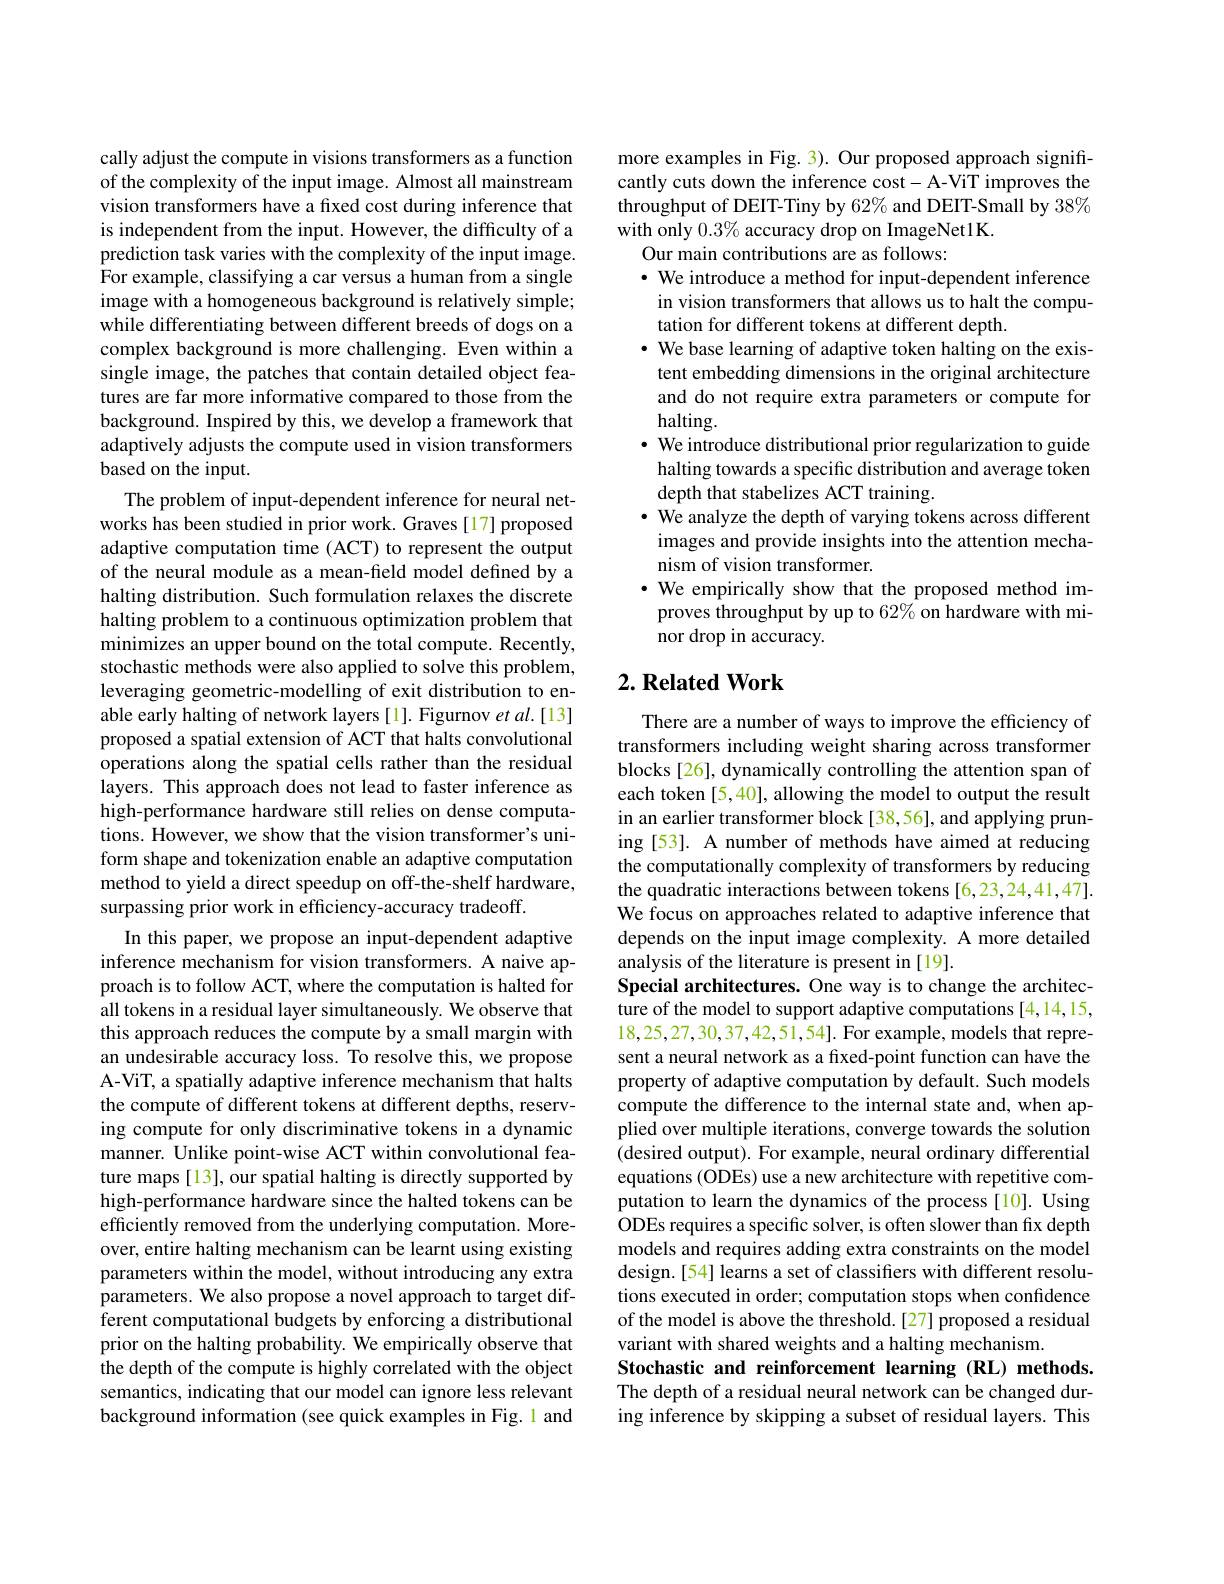
cally adjust the compute in visions transformers as a function of the complexity of the input image. Almost all mainstream vision transformers have a fixed cost during inference that is independent from the input. However, the difficulty of a prediction task varies with the complexity of the input image. $\hat{\text{For example, classifying a car versus a human from a single}}$ image with a homogeneous background is relatively simple; while differentiating between different breeds of dogs on a complex background is more challenging. Even within a single image, the patches that contain detailed object features are far more informative compared to those from the background. Inspired by this, we develop a framework that adaptively adjusts the compute used in vision transformers based on the input.
The problem of input-dependent inference for neural networks has been studied in prior work. Graves[17] proposed adaptive computation time (ACT) to represent the output of the neural module as a mean-field model defined by a halting distribution. Such formulation relaxes the discrete halting problem to a continuous optimization problem that minimizes an upper bound on the total compute. Recently, stochastic methods were also applied to solve this problem, leveraging geometric-modelling of exit distribution to enable early halting of network layers [1]. Figurnov $et\textit{al. [ 13] }$ proposed a spatial extension of ACT that halts convolutional operations along the spatial cells rather than the residual layers. This approach does not lead to faster inference as high-performance hardware still relies on dense computations. However, we show that the vision transformer's uniform shape and tokenization enable an adaptive computation method to yield a direct speedup on off-the-shelf hardware, surpassing prior work in efficiency-accuracy tradeoff.
In this paper, we propose an input-dependent adaptive inference mechanism for vision transformers. A naive approach is to follow ACT, where the computation is halted for all tokens in a residual layer simultaneously. We observe that this approach reduces the compute by a small margin with an undesirable accuracy loss. To resolve this, we propose A-ViT, a spatially adaptive inference mechanism that halts the compute of different tokens at different depths, reserving compute for only discriminative tokens in a dynamic manner. Unlike point-wise ACT within convolutional feature maps [13], our spatial halting is directly supported by high-performance hardware since the halted tokens can be efficiently removed from the underlying computation. Moreover, entire halting mechanism can be learnt using existing parameters within the model, without introducing any extra parameters. We also propose a novel approach to target different computational budgets by enforcing a distributional

prior on the halting probability. We empirically observe that

the depth of the compute is highly correlated with the object

semantics, indicating that our model can ignore less relevant

background information (see quick examples in Fig.1 and

more examples in Fig. 3). Our proposed approach significantly cuts down the inference cost- A-ViT improves the throughput of DEIT-Tiny by 62% and DEIT-Small by 38% with only $0.3\%$ accuracy drop on ImageNet1K.
Our main contributions are as follows:
$\cdot$ We introduce a method for input-dependent inference in vision transformers that allows us to halt the computation for different tokens at different depth.
$\cdot$ We base learning of adaptive token halting on the existent embedding dimensions in the original architecture and do not require extra parameters or compute for halting.
$\cdot$ We introduce distributional prior regularization to guide halting towards a specific distribution and average token depth that stabelizes ACT training.
$\cdot$ We analyze the depth of varying tokens across different
images and provide insights into the attention mecha-
nism of vision transformer.
$\cdot$ We empirically show that the proposed method improves throughput by up to 62% on hardware with minor drop in accuracy.

## $2. \textbf{Related Work}$

There are a number of ways to improve the efficiency of transformers including weight sharing across transformer blocks [26], dynamically controlling the attention span of each token [5,40], allowing the model to output the result in an earlier transformer block [38,56], and applying pruning [53]. A number of methods have aimed at reducing the computationally complexity of transformers by reducing the quadratic interactions between tokens [6,23,24,41,47]. We focus on approaches related to adaptive inference that depends on the input image complexity. A more detailed analysis of the literature is present in [19].
Special architectures. One way is to change the architecture of the model to support adaptive computations [4,14,15, 18,25,27,30,37,42,51,54]. For example, models that represent a neural network as a fixed-point function can have the property of adaptive computation by default. Such models compute the difference to the internal state and, when applied over multiple iterations, converge towards the solution (desired output). For example, neural ordinary differential equations (ODEs) use a new architecture with repetitive computation to learn the dynamics of the process[10]. Using ODEs requires a specific solver, is often slower than fix depth models and requires adding extra constraints on the model design.[54] learns a set of classifiers with different resolutions executed in order; computation stops when confidence of the model is above the threshold.[27] proposed a residual variant with shared weights and a halting mechanism.
Stochastic and reinforcement learning (RL) methods. The depth of a residual neural network can be changed during inference by skipping a subset of residual layers. This